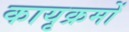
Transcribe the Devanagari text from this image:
कायृक्रमों